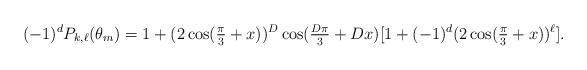
LaTeX: \begin{align*}(-1)^d P_{k,\ell}(\theta_m) = 1 + (2 \cos(\tfrac{\pi}{3} + x))^D \cos(\tfrac{D \pi}{3} + Dx) [1 + (-1)^d (2 \cos(\tfrac{\pi}{3} + x))^{\ell}].\end{align*}